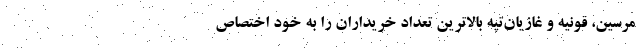
مرسین، قونیه و غازیان‌تپه بالاترین تعداد خریداران را به خود اختصاص